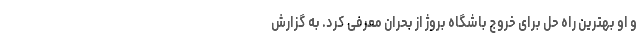
و او بهترین راه حل برای خروج باشگاه بروژ از بحران معرفی کرد. به گزارش